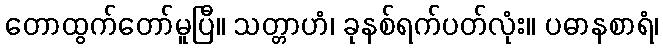
တောထွက်တော်မူပြီ။ သတ္တာဟံ၊ ခုနစ်ရက်ပတ်လုံး။ ပဓာနစာရံ၊